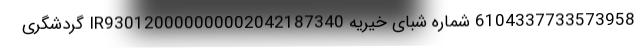
6104337733573958 شماره شبای خیریه IR930120000000002042187340 گردشگری